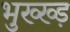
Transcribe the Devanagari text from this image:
भुख्ख्ड़